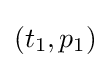
(t_{1},p_{1})